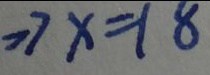
\Rightarrow x = 1 8